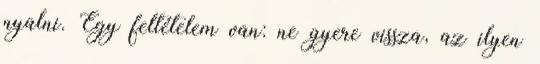
nyalni. Egy feltételem van: ne gyere vissza, az ilyen